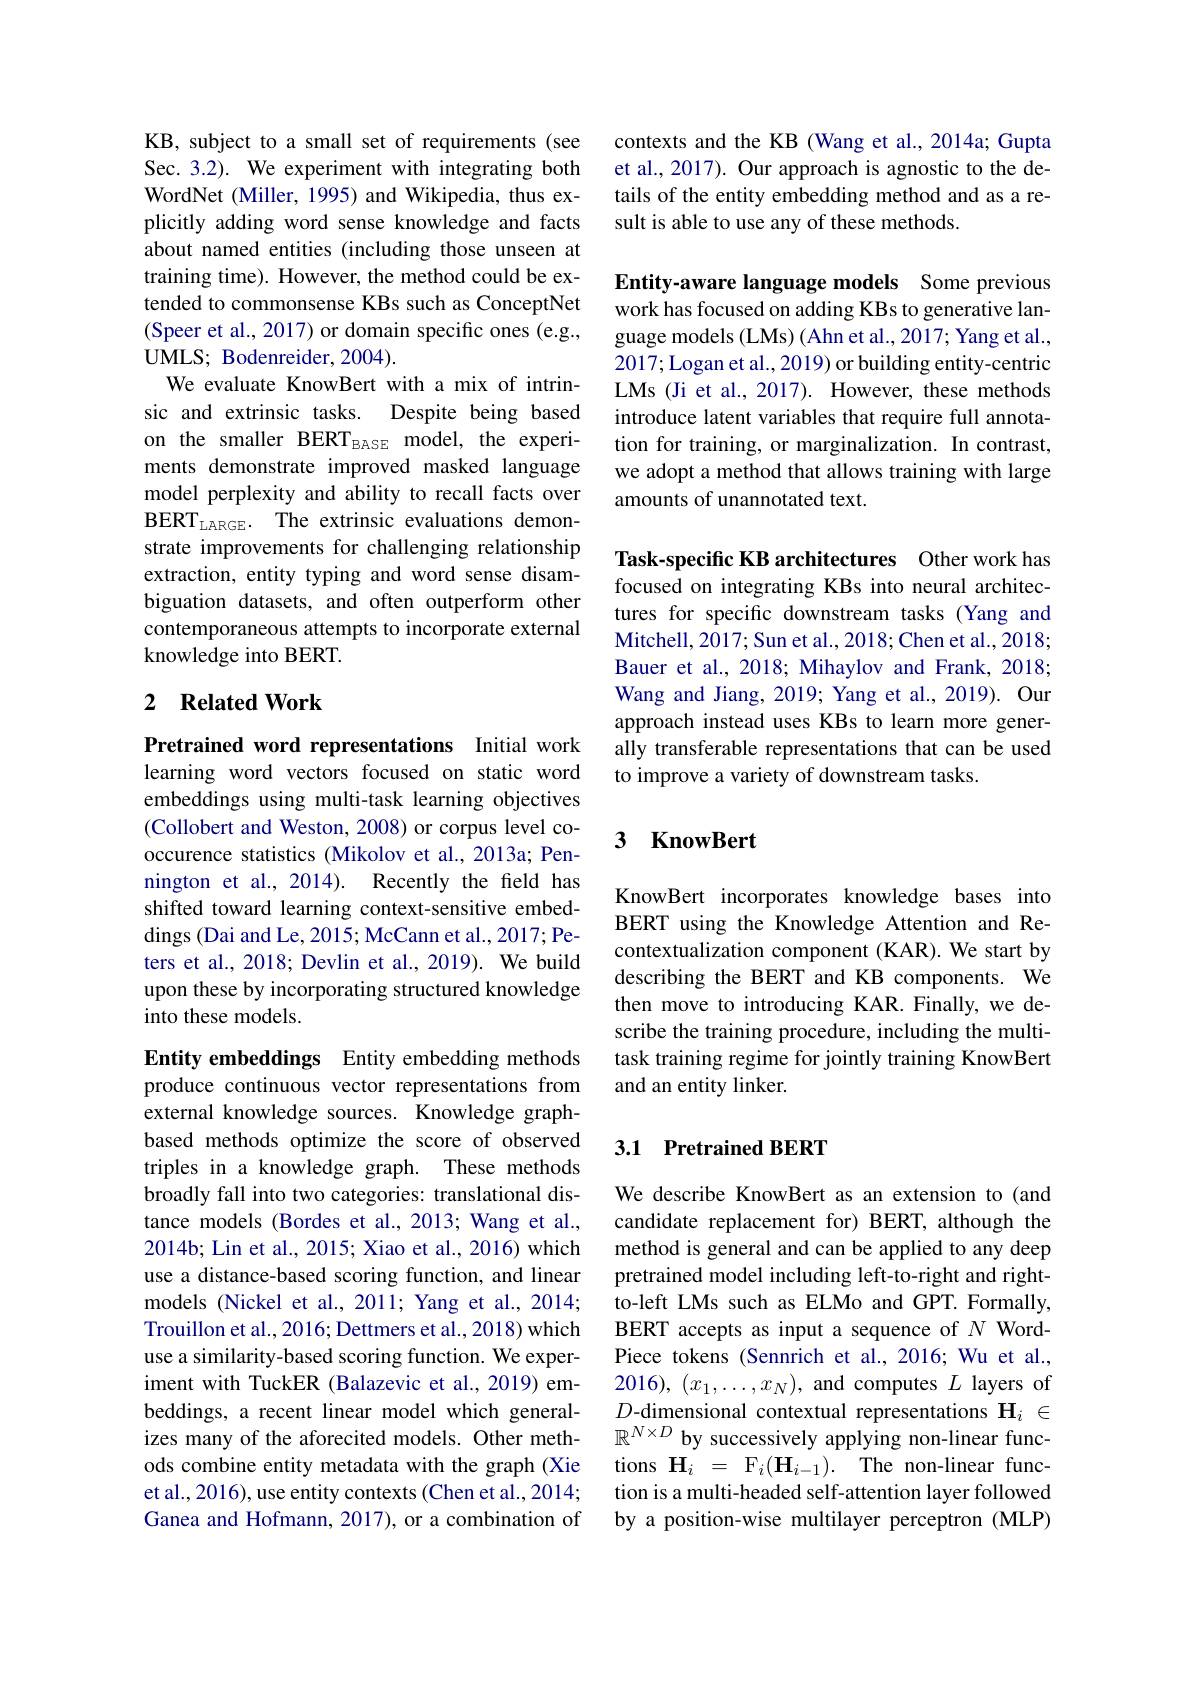
KB, subject to a small set of requirements (see Sec. 3.2). We experiment with integrating both WordNet (Miller, 1995) and Wikipedia, thus explicitly adding word sense knowledge and facts about named entities (including those unseen at training time). However, the method could be extended to commonsense KBs such as ConceptNet (Speer et al., 2017) or domain specific ones (e.g., UMLS; Bodenreider, 2004) .
We evaluate KnowBert with a mix of intrinsic and extrinsic tasks. Despite being based on the smaller BERT$_\mathrm{BASE}$ model, the experiments demonstrate improved masked language model perplexity and ability to recall facts over BERT$_\mathrm{LARGE}.$ The extrinsic evaluations demonstrate improvements for challenging relationship extraction, entity typing and word sense disambiguation datasets, and often outperform other contemporaneous attempts to incorporate external knowledge into BERT.

## 2 $\textbf{Related Work}$

Pretrained word representations Initial work learning word vectors focused on static word embeddings using multi-task learning objectives (Collobert and Weston, 2008) or corpus level cooccurence statistics (Mikolov et al., 2013a; Pennington et al., 2014). Recently the feld has shifted toward learning context-sensitive embeddings (Dai and Le, 2015; McCann et al., 2017; Peters et al., 2018; Devlin et al., 2019). We build upon these by incorporating structured knowledge into these models.

Entity embeddings Entity embedding methods produce continuous vector representations from external knowledge sources. Knowledge graphbased methods optimize the score of observed triples in a knowledge graph. These methods broadly fall into two categories: translational distance models (Bordes et al., 2013; Wang et al., 2014b; Lin et al., 2015; Xiao et al., 2016) which use a distance-based scoring function, and linear models (Nickel et al., 2011; Yang et al., 2014; Trouillon et al., 2016; Dettmers et al., 2018) which use a similarity-based scoring function. We experiment with TuckER (Balazevic et al.,2019) embeddings, a recent linear model which generalizes many of the aforecited models. Other methods combine entity metadata with the graph (Xie et al., 2016), use entity contexts ( Chen et al., 2014; Ganea and Hofmann, 2017), or a combination of

contexts and the KB (Wang et al., 2014a; Gupta et al., 2017). Our approach is agnostic to the details of the entity embedding method and as a result is able to use any of these methods.

Entity-aware language models Some previous work has focused on adding KBs to generative language models (LMs) (Ahn et al., 2017; Yang et al., 2017; Logan et al., 2019) or building entity-centric LMs (Ji et al., 2017). However, these methods introduce latent variables that require full annotation for training, or marginalization. In contrast, we adopt a method that allows training with large amounts of unannotated text.

Task-specific KB architectures Other work has focused on integrating KBs into neural architectures for specific downstream tasks (Yang and Mitchell, 2017; Sun et al., 2018; Chen et al., 2018; Bauer et al., 2018; Mihaylov and Frank, 2018; Wang and Jiang, 2019; Yang et al., 2019). Our approach instead uses KBs to learn more generally transferable representations that can be used to improve a variety of downstream tasks.

### 3 KnowBert

KnowBert incorporates knowledge bases into BERT using the Knowledge Attention and Recontextualization component (KAR). We start by describing the BERT and KB components. We then move to introducing KAR. Finally, we describe the training procedure, including the multitask training regime for jointly training KnowBert and an entity linker.

## 3.1 Pretrained BERT

We describe KnowBert as an extension to (and candidate replacement for) BERT, although the method is general and can be applied to any deep pretrained model including left-to-right and rightto-left LMs such as ELMo and GPT. Formally, BERT accepts as input a sequence of $N$ WordPiece tokens (Sennrich et al., 2016; Wu et al., 2016), $(x_1,\ldots,x_N)$, and computes $L$ layers of $D$-dimensional contextual representations $\mathbf{H}_i\in$ $\mathbb{R}^{N\times D}$ by successively applying non-linear functions $\mathbf{H}_i=\mathrm{F}_i(\mathbf{H}_{i-1}).$ The non-linear function is a multi-headed self-attention layer followed by a position-wise multilayer perceptron (MLP)